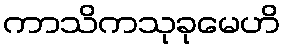
ကာသိကသုခုမေဟိ